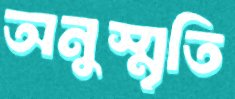
অনুস্মৃতি